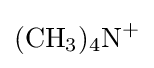
{(\mathrm {CH} {\vphantom {A}}_{\smash[{t}]{3}}){\vphantom {A}}_{\smash[{t}]{4}}\mathrm {N} {\vphantom {A}}^{+}}